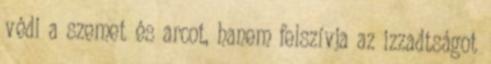
védi a szemet és arcot, hanem felszívja az izzadtságot